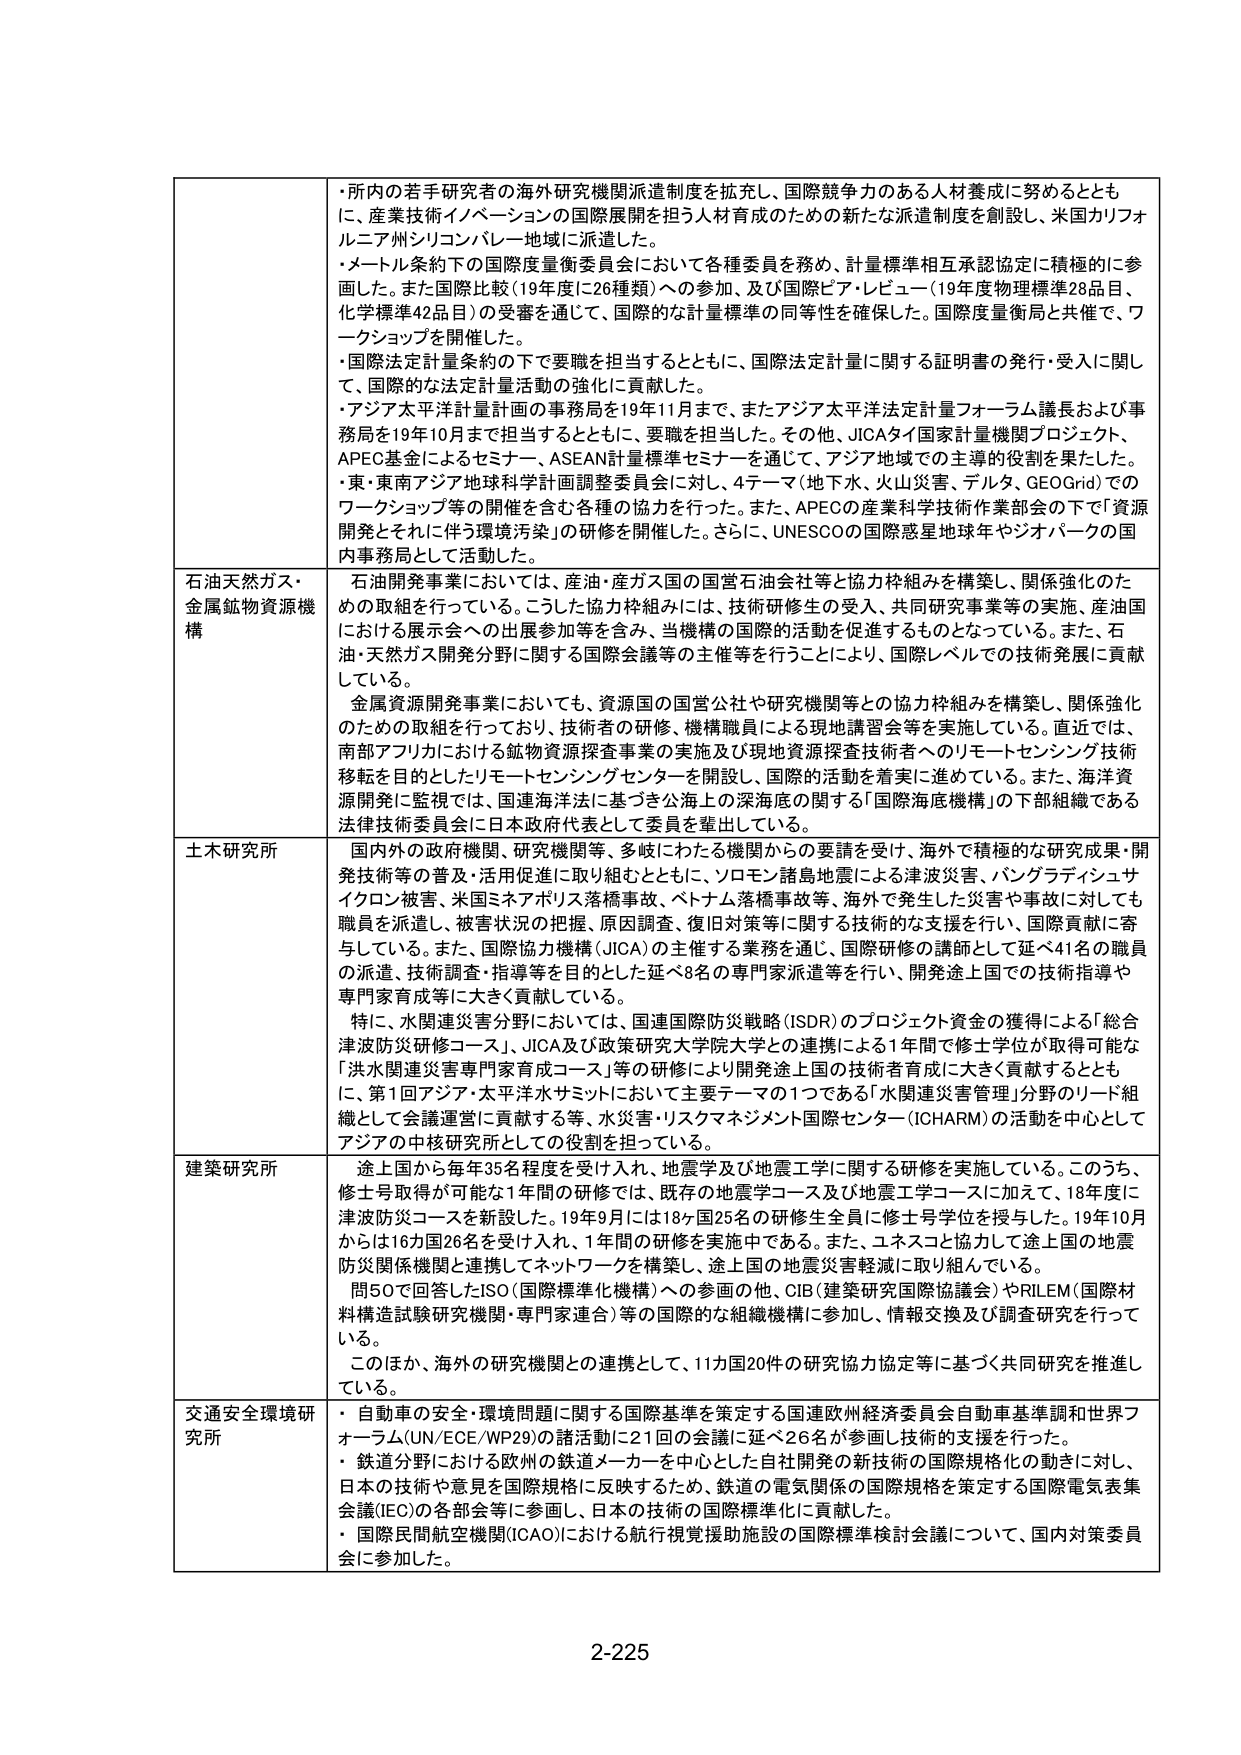
・所内の若手研究者の海外研究機関派遣制度を拡充し、国際競争力のある人材養成に努めるとともに、産業技術イノベーションの国際展開を担う人材育成のための新たな派遣制度を創設し、米国カリフォルニア州シリコンバレー地域に派遣した。
・メートル条約下の国際度量衡委員会において各種委員を務め、計量標準相互承認協定に積極的に参画した。また国際比較（19年度に26種類）への参加、及び国際ピア・レビュー（19年度物理標準28品目、化学標準42品目）の受審を通じて、国際的な計量標準の同等性を確保した。国際度量衡局と共催で、ワークショップを開催した。
・国際法定計量条約の下で要職を担当するとともに、国際法定計量に関する証明書の発行・受入に関して、国際的な法定計量活動の強化に貢献した。
・アジア太平洋計量計画の事務局を19年11月まで、またアジア太平洋法定計量フォーラム議長および事務局を19年10月まで担当するとともに、要職を担当した。その他、JICAタイ国家計量機関プロジェクト、APEC基金によるセミナー、ASEAN計量標準セミナーを通じて、アジア地域での主導的役割を果たした。
・東・東南アジア地球科学計画調整委員会に対し、4テーマ（地下水、火山災害、テルタ、GEOGrid）でのワークショップ等の開催を含む各種の協力を行った。また、APECの産業科学技術作業部会の下で「資源開発とそれに伴う環境汚染」の研修を開催した。さらに、UNESCOの国際惑星地球年やジオパークの国内事務局として活動した。

石油天然ガス・金属鉱物資源機構
石油開発事業においては、産油・産ガス国の国営石油会社等と協力枠組みを構築し、関係強化のための取組を行っている。こうした協力枠組みには、技術研修生の受入、共同研究事業等の実施、産油国における展示会への出展参加等を含み、当機構の国際的活動を促進するものとなっている。また、石油・天然ガス開発分野に関する国際会議等の主催等を行うことにより、国際レベルでの技術発展に貢献している。
金属資源開発事業においても、資源国の国営公社や研究機関等との協力枠組みを構築し、関係強化のための取組を行っており、技術者の研修、機構職員による現地講習会等を実施している。直近では、南部アフリカにおける鉱物資源探査事業の実施及び現地資源探査技術者へのリモートセンシング技術移転を目的としたリモートセンシングセンターを開設し、国際的活動を着実に進めている。また、海洋資源開発に監視では、国連海洋法に基づき公海上の深海底に関する「国際海底機構」の下部組織である法律技術委員会に日本政府代表として委員を輩出している。

土木研究所
国内外の政府機関、研究機関等、多岐にわたる機関からの要請を受け、海外で積極的な研究成果・開発技術等の普及・活用促進に取り組むとともに、ソロモン諸島地震による津波災害、バングラディッシュサイクロン被害、米国ミネアポリス落橋事故、ベトナム落橋事故等、海外で発生した災害や事故に対しても職員を派遣し、被害状況の把握、原因調査、復旧対策等に関する技術的な支援を行っている。また、国際協力機構（JICA）の主催する業務を通じ、国際研修の講師として延べ41名の職員の派遣、技術調査・指導等を目的とした延べ8名の専門家派遣等を行い、開発途上国での技術指導や専門家育成等に大きく貢献している。
特に、水関連災害分野においては、国連国際防災戦略（ISDR）のプロジェクト資金の獲得による「総合津波防災研修コース」、JICA及び政策研究大学院大学との連携による1年間で修士学位が取得可能な「洪水関連災害専門家育成コース」等の研修により開発途上国の技術者育成に大きく貢献するとともに、第1回アジア・太平洋水サミットにおいて主要テーマの1つである「水関連災害管理」分野のリード組織として会議運営に貢献する等、水災害・リスクマネジメント国際センター（ICHARM）の活動を中心としてアジアの中核研究としての役割を担っている。

建築研究所
途上国から毎年35名程度を受け入れ、地震学及び地震工学に関する研修を実施している。このうち、修士号取得が可能な1年間の研修では、既存の地震学コース及び地震工学コースに加えて、18年度に津波防災コースを新設した。19年9月には18ヶ国25名の研修生全員に修士号学位を授与した。19年10月からは16ヶ国26名を受け入れ、1年間の研修を実施中である。また、ユネスコと協力して途上国の地震防災関係機関と連携してネットワークを構築し、途上国の地震災害軽減に取り組んでいる。
問50で回答したISO（国際標準化機構）への参画の他、CIB（建築研究国際協議会）やRILEM（国際材料構造試験研究機関・専門家連合）等の国際的な組織機構に参加し、情報交換及び調査研究を行っている。
このほか、海外の研究機関との連携として、11カ国20件の研究協力協定等に基づく共同研究を推進している。

交通安全環境研究所
・自動車の安全・環境問題に関する国際基準を策定する国連欧州経済委員会自動車基準調和世界フォーラム（UN/ECE/WP29）の諸活動に21回の会議に延べ26名が参画し技術的支援を行った。
・鉄道分野における欧州の鉄道メーカーを中心とした自社開発の新技術の国際規格化の動きに対し、日本の技術や意見を国際規格に反映するため、鉄道の電気関係の国際規格を策定する国際電気委集会議（IEC）の各部会等に参画し、日本の技術の国際標準化に貢献した。
・国際民間航空機関（ICAO）における航行視覚援助施設の国際標準検討会議について、国内対策委員会に参加した。

2-225